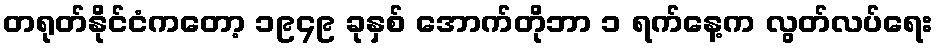
တရုတ်နိုင်ငံကတော့ ၁၉၄၉ ခုနှစ် အောက်တိုဘာ ၁ ရက်နေ့က လွတ်လပ်ရေး